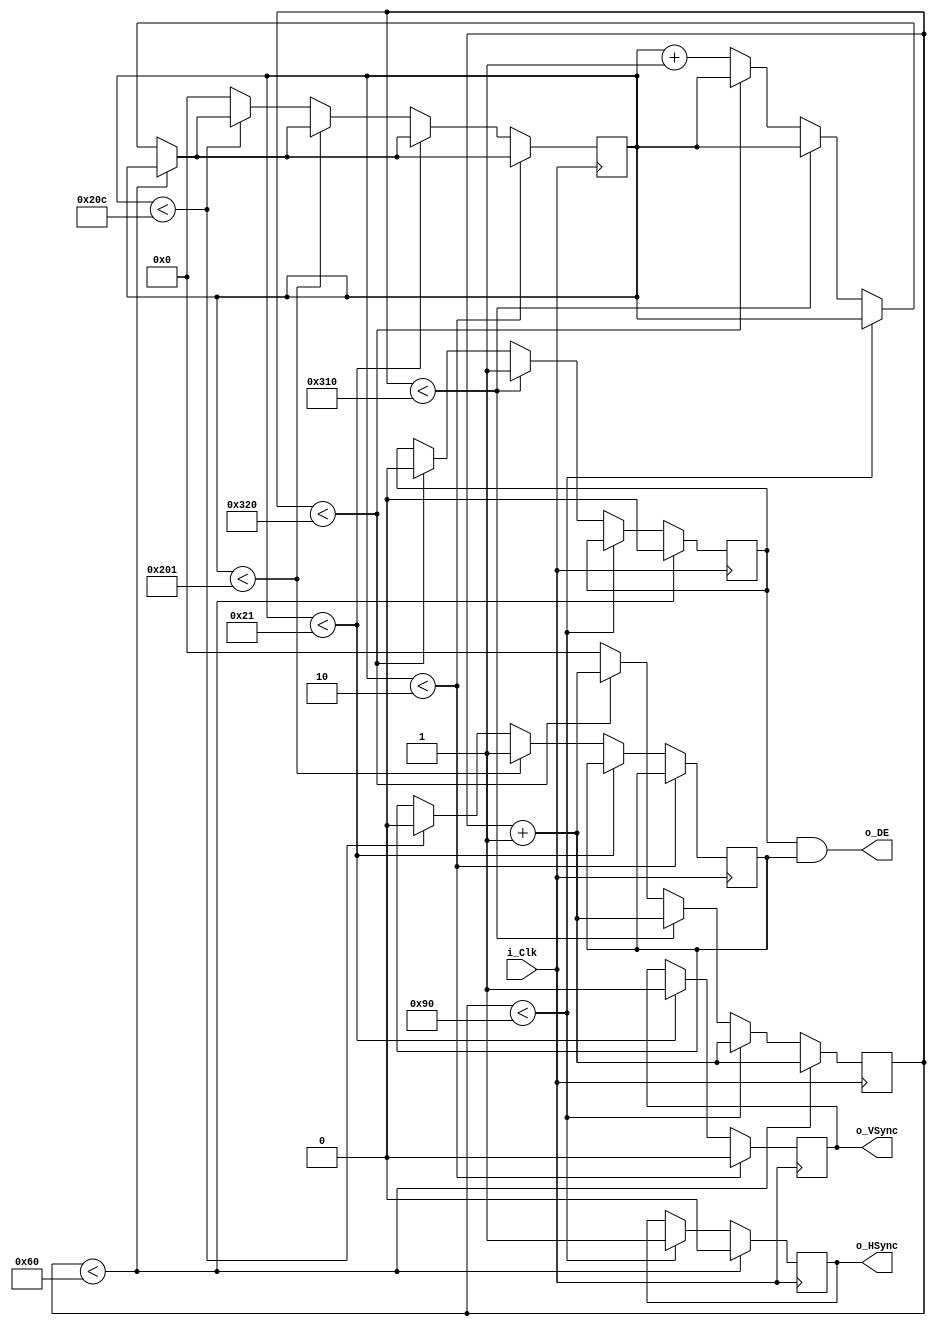
module vga_timing (
	input i_Clk,
	output o_DE,
	output o_HSync,
	output o_VSync);

	reg [9:0] h_ctr = 0;
	reg [9:0] v_ctr = 0;
	reg r_h_sync;
	reg r_v_sync;
	reg r_h_active;
	reg r_v_active;

	localparam POS_H_SYNC = 96;
	localparam POS_H_BACKPORCH = POS_H_SYNC + 48;
	localparam POS_H_ACTIVE = POS_H_BACKPORCH + 640;
	localparam POS_H_FRONTPORCH = POS_H_ACTIVE + 16;
	localparam H_POL = 0;

	localparam POS_V_SYNC = 2;
	localparam POS_V_BACKPORCH = POS_V_SYNC + 31;
	localparam POS_V_ACTIVE = POS_V_BACKPORCH + 480;
	localparam POS_V_FRONTPORCH = POS_V_ACTIVE + 11;
	localparam V_POL = 0;

	always @(posedge i_Clk)
	begin
		/*
		 * Horizonal Dots         640
		 * Vertical Scan Lines    480
		 * Horiz. Sync Polarity   NEG
		 * A Scanline time        800
		 * B Sync pulse lenght     96
		 * C Back porch            48
		 * D Active video time    640
		 * E Front porch           16
		 *          ______________________          ________
		 * ________|        VIDEO         |________| VIDEO (next line)
		 *     |-C-|----------D-----------|-E-|
		 * __   ______________________________   ___________
		 *   |_|                              |_|
		 *   |B|
		 *   |---------------A----------------|
		 */
		if (h_ctr < POS_H_SYNC)
		begin
			r_h_active <= 0;
			r_h_sync <= H_POL;
			h_ctr <= h_ctr + 1;
		end
		else if (h_ctr < POS_H_BACKPORCH)
		begin
			r_h_sync <= !H_POL;
			h_ctr <= h_ctr + 1;
		end
		else if (h_ctr < POS_H_ACTIVE)
		begin
			h_ctr <= h_ctr + 1;
			r_h_active <= 1;
		end
		else if (h_ctr < POS_H_FRONTPORCH)
		begin
			h_ctr <= h_ctr + 1;
			r_h_active <= 0;
		end
		else
		begin
			h_ctr <= 0;
			v_ctr <= v_ctr + 1;
		end

		/*
		 * Horizonal Dots         640
		 * Vertical Scan Lines    480
		 * Vert. Sync Polarity    NEG
		 * Vertical Frequency     60Hz
		 * O Total frame          524
		 * P Sync length            2
		 * Q Back porch            31
		 * R Active video         480
		 * S Front porch           11
		 *          ______________________          ________
		 * ________|        VIDEO         |________|  VIDEO (next frame)
		 *     |-Q-|----------R-----------|-S-|
		 * __   ______________________________   ___________
		 *   |_|                              |_|
		 *   |P|
		 *   |---------------O----------------|
		 */
		if (v_ctr < POS_V_SYNC)
		begin
			r_v_sync <= V_POL;
		end
		else if (v_ctr < POS_V_BACKPORCH)
		begin
			r_v_sync <= !V_POL;
		end
		else if (v_ctr < POS_V_ACTIVE)
		begin
			r_v_active <= 1;
		end
		else if (v_ctr < POS_V_FRONTPORCH)
		begin
			r_v_active <= 0;
		end
		else
		begin
			v_ctr <= 0;
		end
	end

	assign o_HSync = r_h_sync;
	assign o_VSync = r_v_sync;
	assign o_DE = r_h_active && r_v_active;

endmodule